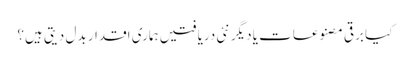
کیا برقی مصنوعات یا دیگر نئی دریافتیں ہماری اقدار بدل دیتی ہیں؟